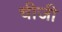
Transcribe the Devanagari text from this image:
चीजी